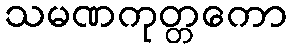
သမဏကုတ္တကော